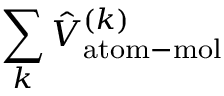
\sum _ { k } \hat { V } _ { \mathrm { a t o m - m o l } } ^ { ( k ) }